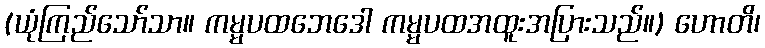
(ယုံကြည်သော်သာ။ ကမ္မပထဘေဒေါ ကမ္မပထအထူးအပြားသည်။) ဟောတိ၊